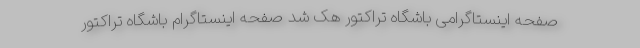
صفحه اینستاگرامی باشگاه تراکتور هک شد صفحه اینستاگرام باشگاه تراکتور